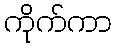
ကိုက်ကာ